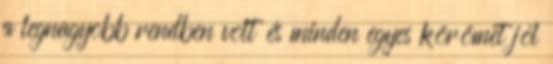
a legnagyobb rendben volt és minden egyes körömet jól